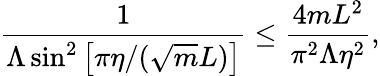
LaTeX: \frac{1}{\Lambda\sin^{2}\left[\pi\eta/(\sqrt{m}L)\right]}\le\frac{4mL^{2}}{\pi^{2}\Lambda\eta^{2}},